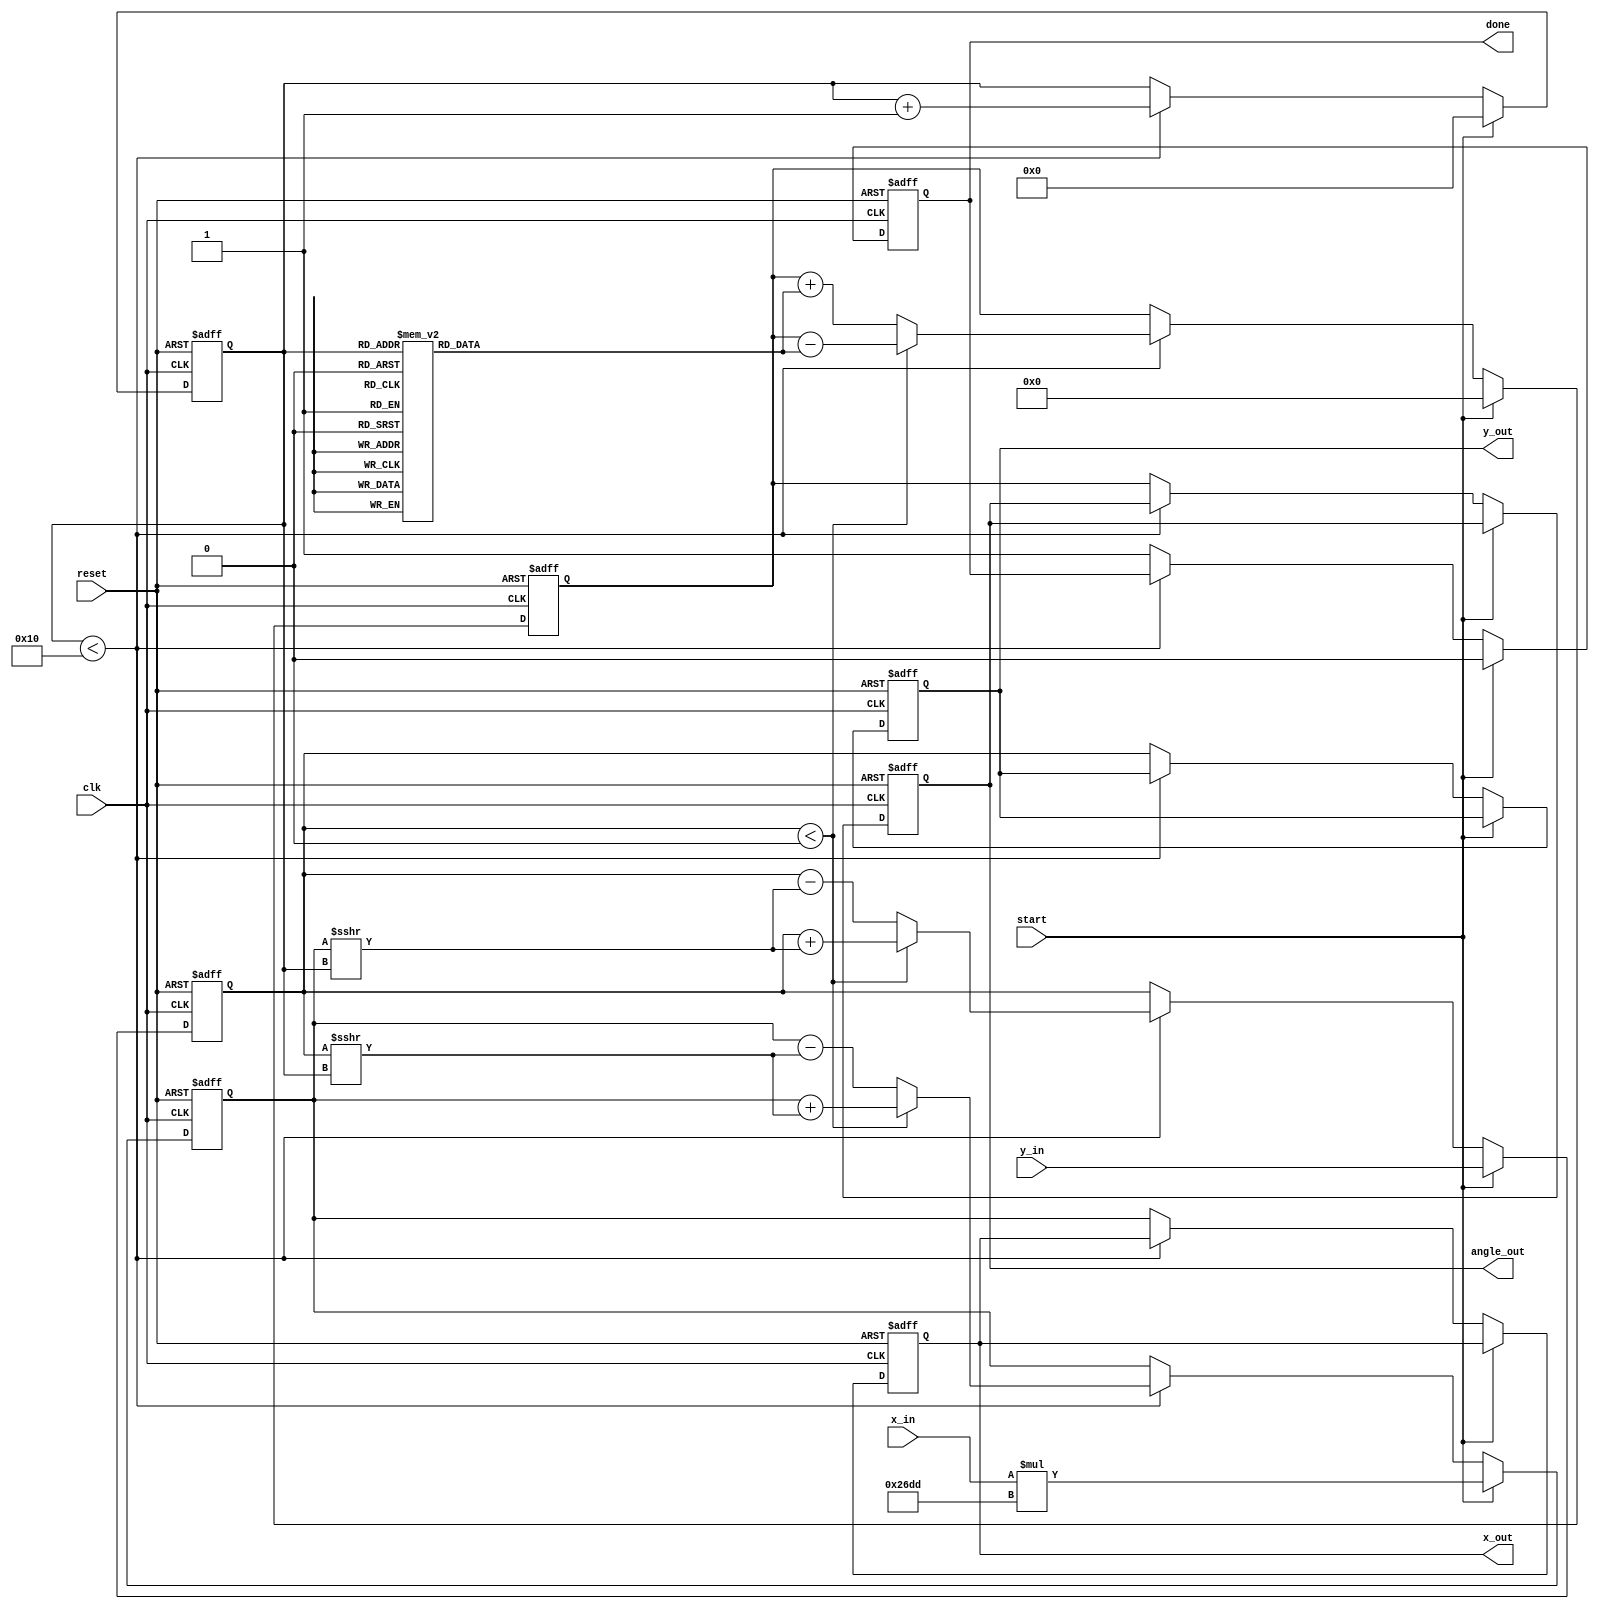
module vectoring_cordic #(
    parameter DATA_WIDTH = 16, // Configurable data width
    parameter ITERATIONS = 16   // Number of iterations for precision
)(
    input wire clk,
    input wire reset,
    input wire start,
    input wire signed [DATA_WIDTH-1:0] x_in, // Input X coordinate
    input wire signed [DATA_WIDTH-1:0] y_in, // Input Y coordinate
    output reg signed [DATA_WIDTH-1:0] x_out, // Output X coordinate
    output reg signed [DATA_WIDTH-1:0] y_out, // Output Y coordinate
    output reg signed [DATA_WIDTH-1:0] angle_out, // Output angle
    output reg done // Done signal
);

    // CORDIC gain factor (for normalization)
    localparam signed [DATA_WIDTH-1:0] K = 16'h26DD; // Approximation of 1/sqrt(2)

    // Internal signals
    reg signed [DATA_WIDTH-1:0] x;
    reg signed [DATA_WIDTH-1:0] y;
    reg signed [DATA_WIDTH-1:0] angle;
    reg [3:0] iteration; // Counter for iterations
    reg [DATA_WIDTH-1:0] atan_table [0:ITERATIONS-1]; // Lookup table for arctangent values

    // Initialize arctangent values
    initial begin
        atan_table[0] = 16'h2000; // atan(2^-0)
        atan_table[1] = 16'h1000; // atan(2^-1)
        atan_table[2] = 16'h0800; // atan(2^-2)
        atan_table[3] = 16'h0400; // atan(2^-3)
        atan_table[4] = 16'h0200; // atan(2^-4)
        atan_table[5] = 16'h0100; // atan(2^-5)
        atan_table[6] = 16'h0080; // atan(2^-6)
        atan_table[7] = 16'h0040; // atan(2^-7)
        atan_table[8] = 16'h0020; // atan(2^-8)
        atan_table[9] = 16'h0010; // atan(2^-9)
        atan_table[10] = 16'h0008; // atan(2^-10)
        atan_table[11] = 16'h0004; // atan(2^-11)
        atan_table[12] = 16'h0002; // atan(2^-12)
        atan_table[13] = 16'h0001; // atan(2^-13)
        atan_table[14] = 16'h0000; // atan(2^-14)
        atan_table[15] = 16'hFFFF; // atan(2^-15) (negative)
    end

    // State machine for CORDIC operation
    always @(posedge clk or posedge reset) begin
        if (reset) begin
            x <= 0;
            y <= 0;
            angle <= 0;
            iteration <= 0;
            done <= 0;
            x_out <= 0;
            y_out <= 0;
            angle_out <= 0;
        end else if (start) begin
            // Initialize inputs
            x <= x_in * K; // Scale input X
            y <= y_in;
            angle <= 0;
            iteration <= 0;
            done <= 0;
        end else if (iteration < ITERATIONS) begin
            // CORDIC rotation logic
            if (y < 0) begin
                // Rotate clockwise
                x <= x + (y >>> iteration);
                y <= y + (x >>> iteration);
                angle <= angle - atan_table[iteration];
            end else begin
                // Rotate counterclockwise
                x <= x - (y >>> iteration);
                y <= y - (x >>> iteration);
                angle <= angle + atan_table[iteration];
            end
            iteration <= iteration + 1;
        end else begin
            // Final output
            x_out <= x;
            y_out <= y;
            angle_out <= angle;
            done <= 1;
        end
    end

endmodule